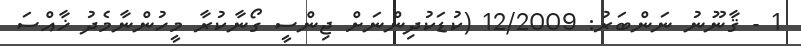
1 - ޤާނޫނު ނަންބަރު: 12/2009 (ކުޑަކުދިންނަށް ޖިންސީ ގޯނާކުރާ މީހުންނާމެދު ޚާއްސަ